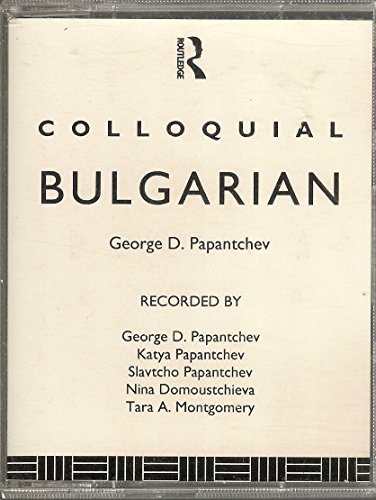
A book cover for Colloquial Bulgarian (Colloquial Series); George Papantchev; Travel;